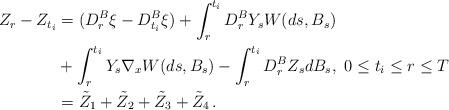
LaTeX: \begin{align*}Z_r-Z_{t_i} &= (D_r^B \xi -D_{t_i}^B \xi) + \int_r^{t_i} D_r ^B Y_s {{W}}(ds,B_s) \\ & +\int_r^{t_i} Y_s \nabla_x {{W}} (ds, B_s) -\int_r^{t_i} D_r^B Z_s dB_s,\ 0\leq t_i\leq r\leq T\\ &=\tilde Z_1+\tilde Z_2+\tilde Z_3+\tilde Z_4\,.\end{align*}